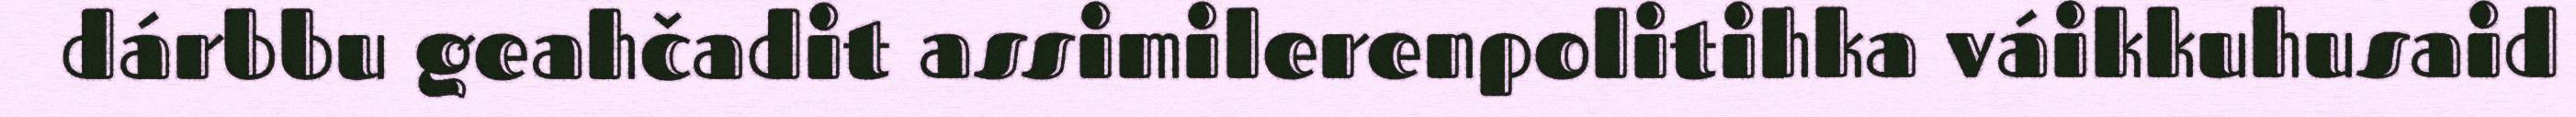
dárbbu geahčadit assimilerenpolitihka váikkuhusaid